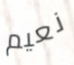
نعيم